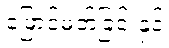
ဖြောင့်မတ်ခြင်းနှင့်